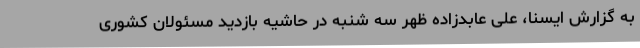
به گزارش ایسنا، علی عابدزاده ظهر سه شنبه در حاشیه بازدید مسئولان کشوری